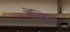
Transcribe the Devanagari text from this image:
बेंम्ब्रिज